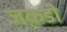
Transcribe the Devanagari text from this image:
जक़डी